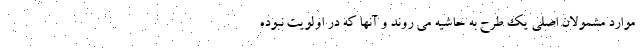
موارد مشمولان اصلی یک طرح به حاشیه می روند و آنها که در اولویت نبوده